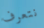
نتعرف